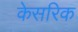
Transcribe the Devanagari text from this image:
केसरिक